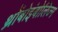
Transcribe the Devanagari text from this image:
थ्रोंबोइंबोलिज्म